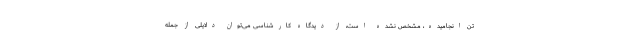
تن انجامیده، مشخص نشده است، از دیدگاه کارشناسی می‌توان دلایلی از جمله